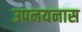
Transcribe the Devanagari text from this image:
उपनयनास